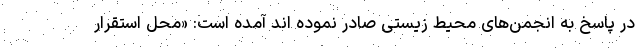
در پاسخ به انجمن‌های محیط زیستی صادر نموده اند آمده است: «محل استقرار